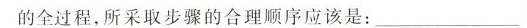
的全过程，所采取步骤的合理顺序应该是：_